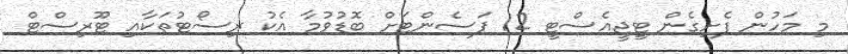
މި މަހުން ފެށިގެން ޓީޖީއެސްޓީ 12 ޕަސެންޓަށް ބޮޑުވުމާ އެކު ރިސޯޓުތަކާއި ޓޫރިސްޓް